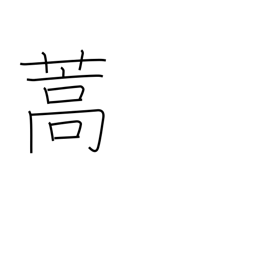
Meaning: mugwort